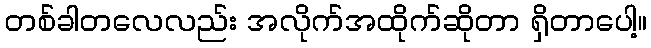
တစ်ခါတလေလည်း အလိုက်အထိုက်ဆိုတာ ရှိတာပေါ့။